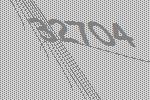
32704